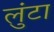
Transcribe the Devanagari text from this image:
लुंटा